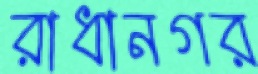
রাধানগর